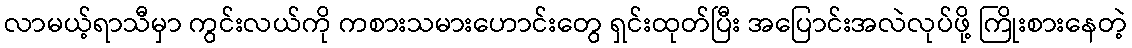
လာမယ့်ရာသီမှာ ကွင်းလယ်ကို ကစားသမားဟောင်းတွေ ရှင်းထုတ်ပြီး အပြောင်းအလဲလုပ်ဖို့ ကြိုးစားနေတဲ့